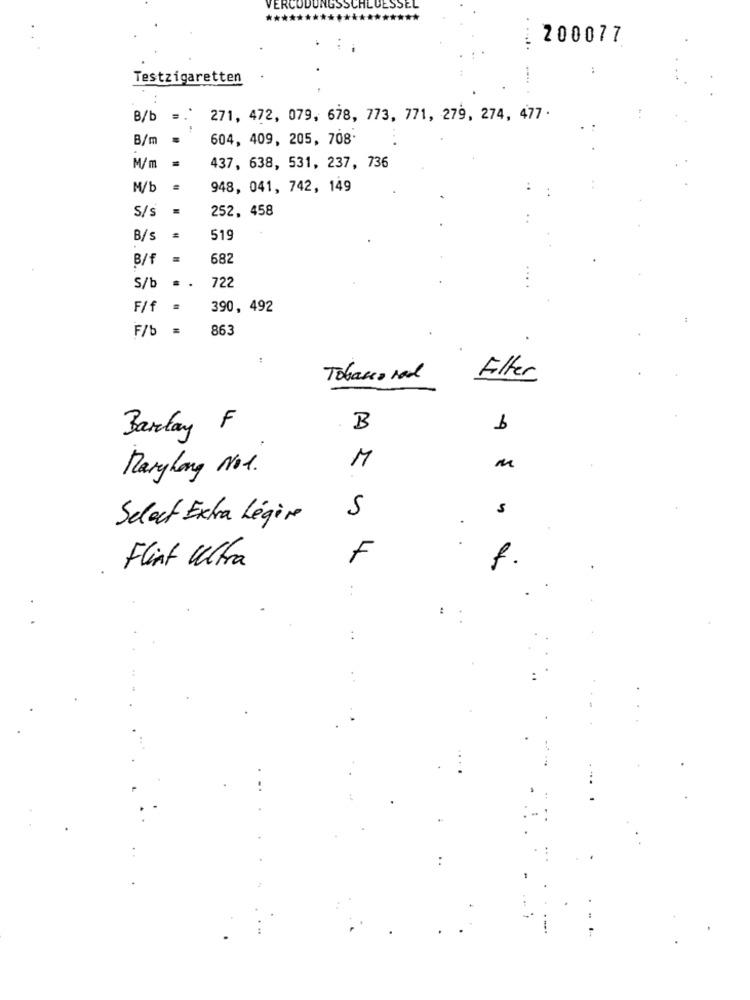
200077
Testzigaretten
B/b
271, 472, 079, 678, 773, 771, 279, 274, 477 .
B/m
604, 409, 205, 708.
M/m
437, 638, 531, 237, 736
M/b
948, 041, 742, 149
S/s
252, 458
B/s
519
B/f
682
722
S/b
..
F/f
.
390, 492
F/b
863
:
Tobacco rod
Filter
B
9
Barday F
M
Marylong Not.
M
5
5
Select Extra Légère
F
f.
Flint Ultra
:
: